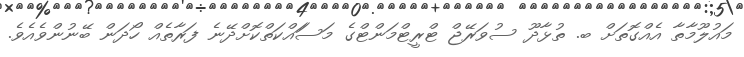
މައުލޫމާތާ އެއްގޮތަށް ބ. ތުޅާދޫ ސުވަރޭޖް ޓްރީޓްމަންޓްގެ މަސަައްކަތްކޮށްދޭނެ ފަރާތެއް ހޯދަން ބޭނުންވެއެވެ.